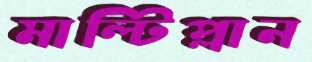
মাল্টিপ্লান